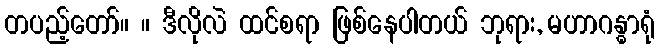
တပည့်တော်။ ။ ဒီလိုလဲ ထင်စရာ ဖြစ်နေပါတယ် ဘုရား, မဟာဂန္ဓာရုံ